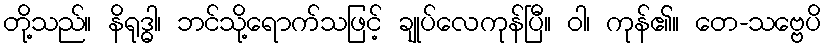
တို့သည်။ နိရုဒ္ဓါ၊ ဘင်သို့ရောက်သဖြင့် ချုပ်လေကုန်ပြီ။ ဝါ၊ ကုန်၏။ တေ-သဗ္ဗေပိ